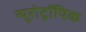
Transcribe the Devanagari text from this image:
न्यूरोट्रॉपिक